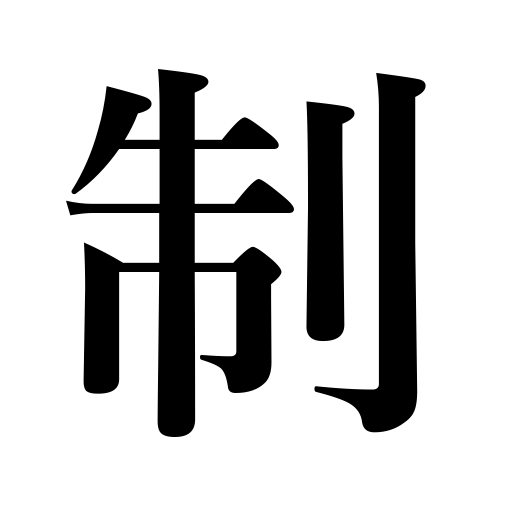
Meanings: system,restrain,govern,control,suppress,imperial command,hold back,organization,regulation,laws,establish